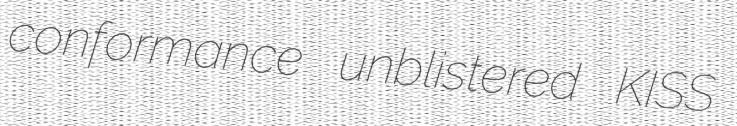
conformance unblistered KISS